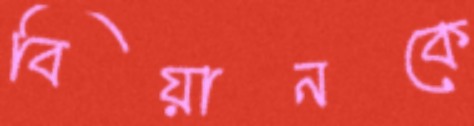
বিয়ানকে